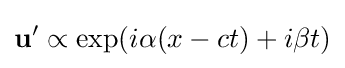
\mathbf {u} '\propto \exp(i\alpha (x-ct)+i\beta t)